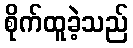
စိုက်ထူခဲ့သည်